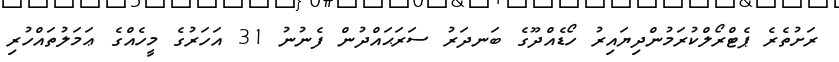
ރަށުތެރެ ޕެޓްރޯލްކުރަމުންދިޔައިރު ހޯޑެއްދޫގެ ބަނދަރު ސަރަޙައްދުން ފެނުނު 31 އަހަރުގެ މީހެއްގެ ޢަމަލުތައްހުރި